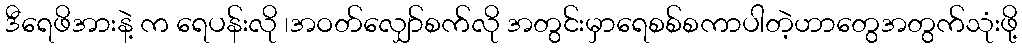
ဒီရေဖိအားနဲ့ က ရေပန်းလို ၊အဝတ်လျှော်စက်လို အတွင်းမှာရေစစ်စကာပါတဲ့ဟာတွေအတွက်သုံးဖို့